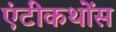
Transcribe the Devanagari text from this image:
एंटीकथोंस